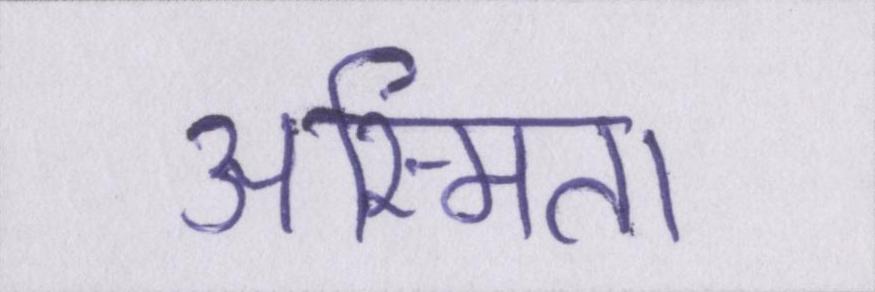
अस्मिता